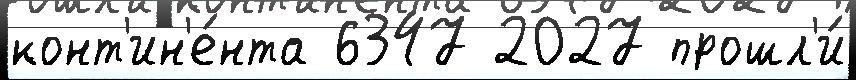
конт'ин'е́нта 6347 2027 прошл'и́